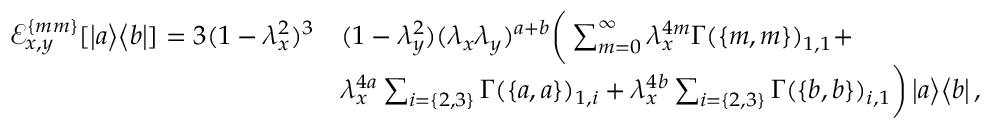
\begin{array} { r l } { \mathcal { E } _ { x , y } ^ { \{ m m \} } [ \left| a \middle > \middle < b \right| ] = 3 ( 1 - \lambda _ { x } ^ { 2 } ) ^ { 3 } } & { ( 1 - \lambda _ { y } ^ { 2 } ) ( \lambda _ { x } \lambda _ { y } ) ^ { a + b } \bigg ( \sum _ { m = 0 } ^ { \infty } \lambda _ { x } ^ { 4 m } \Gamma ( \{ m , m \} ) _ { 1 , 1 } + } \\ & { \lambda _ { x } ^ { 4 a } \sum _ { i = \{ 2 , 3 \} } \Gamma ( \{ a , a \} ) _ { 1 , i } + \lambda _ { x } ^ { 4 b } \sum _ { i = \{ 2 , 3 \} } \Gamma ( \{ b , b \} ) _ { i , 1 } \bigg ) \left| a \middle > \middle < b \right| , } \end{array}